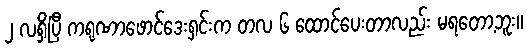
၂ လရှိပြီ ကရုဏာဖောင်ဒေးရှင်းက တလ ၆ ထောင်ပေးတာလည်း မရတော့ဘူး။